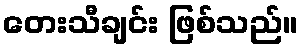
တေးသီချင်း ဖြစ်သည်။